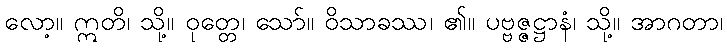
လော့။ ဣတိ၊ သို့။ ဝုတ္တေ၊ သော်။ ဝိသာခဿ၊ ၏။ ပဗ္ဗဇ္ဇဋ္ဌာနံ၊ သို့။ အာဂတာ၊